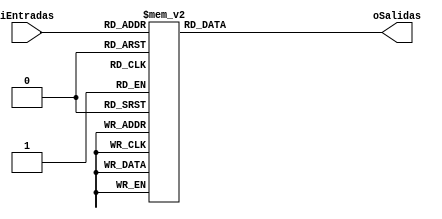
module BCD(
input[3:0]iEntradas,
output[6:0]oSalidas
);


reg [6:0]rsalida_Q;
reg [6:0]rsalida_S;


assign oSalidas = rsalida_S;


// bloque combinacional
always @ *
case (iEntradas)
                         // abcdefg
	4'b0000 : rsalida_S = 7'b0000001;//0
	4'b0001 : rsalida_S = 7'b1001111;//1
	4'b0010 : rsalida_S = 7'b0010010;//2
	4'b0011 : rsalida_S = 7'b0000110;//3
	4'b0100 : rsalida_S = 7'b1001100;//4
	4'b0101 : rsalida_S = 7'b0100100;//5
	4'b0110 : rsalida_S = 7'b1100000;//6
	4'b0111 : rsalida_S = 7'b0001111;//7
	4'b1000 : rsalida_S = 7'b0000000;//8
	4'b1001 : rsalida_S = 7'b0001100;//9
	4'b1010 : rsalida_S = 7'b0001000;//A
	4'b1011 : rsalida_S = 7'b1100000;//B
	4'b1100 : rsalida_S = 7'b0110001;//C
	4'b1101 : rsalida_S = 7'b1000010;//D
	4'b1110 : rsalida_S = 7'b0110000;//E
	4'b1111 : rsalida_S = 7'b0111000;//F
	default: rsalida_S = 7'b1111111;

endcase

endmodule